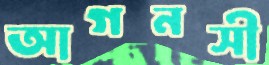
আগনসী